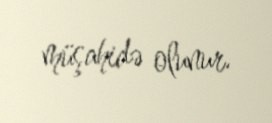
müşahidə olunur.